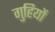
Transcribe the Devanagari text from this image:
गुहियों